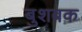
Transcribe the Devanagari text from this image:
बुशबक